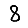
Digit: 8